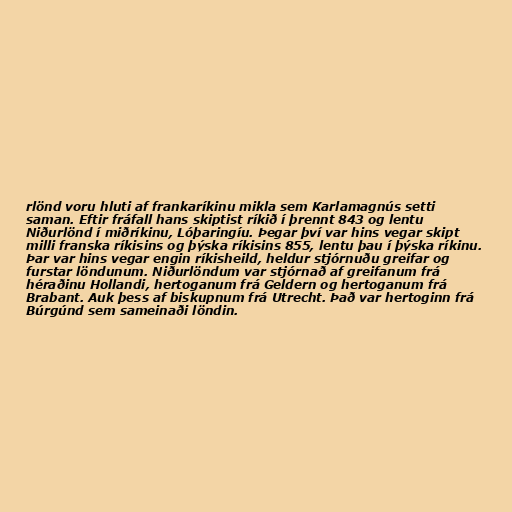
rlönd voru hluti af frankaríkinu mikla sem Karlamagnús setti
saman. Eftir fráfall hans skiptist ríkið í þrennt 843 og lentu
Niðurlönd í miðríkinu, Lóþaringíu. Þegar því var hins vegar skipt
milli franska ríkisins og þýska ríkisins 855, lentu þau í þýska ríkinu.
Þar var hins vegar engin ríkisheild, heldur stjórnuðu greifar og
furstar löndunum. Niðurlöndum var stjórnað af greifanum frá
héraðinu Hollandi, hertoganum frá Geldern og hertoganum frá
Brabant. Auk þess af biskupnum frá Utrecht. Það var hertoginn frá
Búrgúnd sem sameinaði löndin.